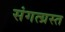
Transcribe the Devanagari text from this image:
संगत्ग्रस्त